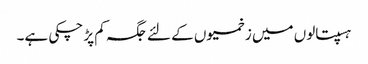
ہسپتالوں میں زخمیوں کے لئے جگہ کم پڑ چکی ہے۔